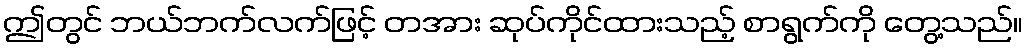
ဤတွင် ဘယ်ဘက်လက်ဖြင့် တအား ဆုပ်ကိုင်ထားသည့် စာရွက်ကို တွေ့သည်။